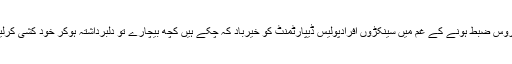
ناحق سروس ضبط ہونے کے غم میں سینکڑوں افرادپولیس ڈیپارٹمنٹ کو خیرباد کہ چکے ہیں کچھ بیچارے تو دلبرداشتہ ہوکر خود کشی کرلیتے ہیں۔